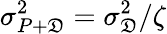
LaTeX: \sigma_{P+\mathfrak{D}}^{2}=\sigma_{\mathfrak{D}}^{2}/\zeta